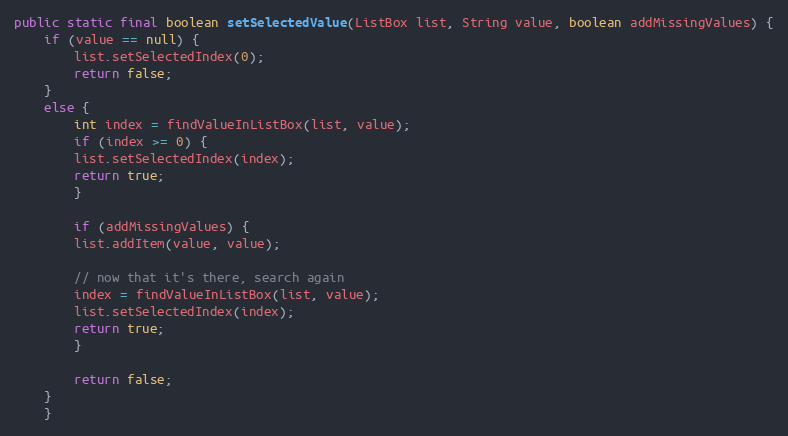
Language: Java
public static final boolean setSelectedValue(ListBox list, String value, boolean addMissingValues) {
	if (value == null) {
	    list.setSelectedIndex(0);
	    return false;
	}
	else {
	    int index = findValueInListBox(list, value);
	    if (index >= 0) {
		list.setSelectedIndex(index);
		return true;
	    }

	    if (addMissingValues) {
		list.addItem(value, value);

		// now that it's there, search again
		index = findValueInListBox(list, value);
		list.setSelectedIndex(index);
		return true;
	    }

	    return false;
	}
    }